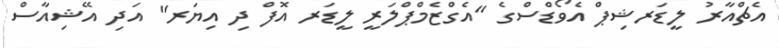
އެޗްއާރު ލީޑަރޝިޕް އެވޯޑްސްގެ "އެގްޒެމްޕްލަރީ ލީޑަރ އޮފް ދި އިޔަރ" އަދި އޭޝިއާސް